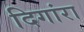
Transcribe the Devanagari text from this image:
दिगांरा